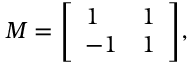
M = { \left[ \begin{array} { l l } { 1 } & { 1 } \\ { - 1 } & { 1 } \end{array} \right] } ,